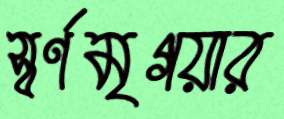
স্বর্ণমৃগয়ার